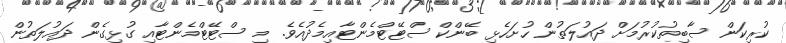
ކުރިކަން ސާބިތުކުރުމަށް ދައުލަތުން ހުށަހެޅި ބޭންކް ސްޓޭޓްމެންޓާއިމެދުއެވެ. މި ސްޓޭޓްމެންޓާއި ގުޅިގެން ދައުލަތުން